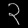
Digit: ၃